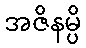
အဇိနမ္ပိ